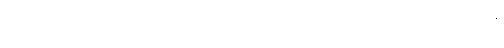
၁၊ မဟာဝဂ္ဂ ပယောဓရာ ဝိဘာဂါဘာဝတော မဟဂ္ဂတဓမ္မေ မဟာလောဟကုမ္ဘိနိရယာနံ